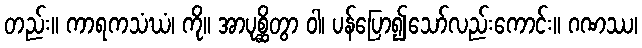
တည်း။ ကာရကသံဃံ၊ ကို။ အာပုစ္ဆိတွာ ဝါ၊ ပန်ပြော၍သော်လည်းကောင်း။ ဂဏဿ၊